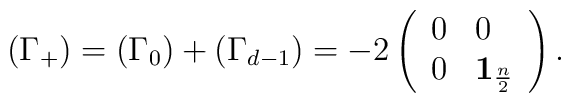
\left( \Gamma _{+}\right) =\left( \Gamma _{0}\right) +\left( \Gamma_{d-1}\right) =-2\left( \begin{array}{ll}0 & 0 \\ 0 & \mathbf{1}_{\frac{n}{2}}\end{array}\right) .